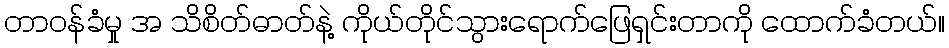
တာဝန်ခံမှု အ သိစိတ်ဓာတ်နဲ့ ကိုယ်တိုင်သွားရောက်ဖြေရှင်းတာကို ထောက်ခံတယ်။